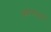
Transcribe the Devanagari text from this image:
अफ़लातूनी